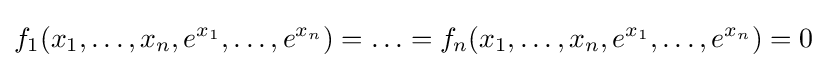
f_{1}(x_{1},\ldots ,x_{n},e^{x_{1}},\ldots ,e^{x_{n}})=\ldots =f_{n}(x_{1},\ldots ,x_{n},e^{x_{1}},\ldots ,e^{x_{n}})=0